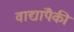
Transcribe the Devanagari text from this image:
वाद्यांपैकी